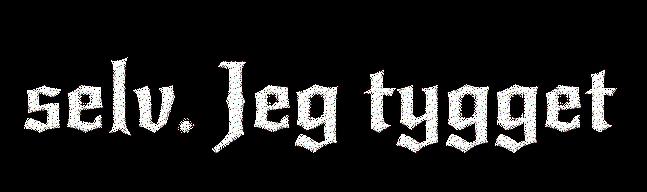
selv. Jeg tygget